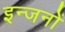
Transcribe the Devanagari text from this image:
इन्जनों